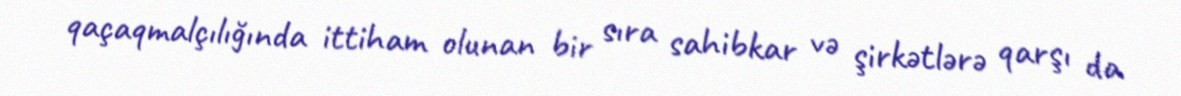
qaçaqmalçılığında ittiham olunan bir sıra sahibkar və şirkətlərə qarşı da